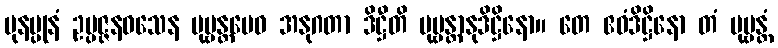
ပုနပ္ပုနံ ဥပ္ပဇ္ဇနဝသေန ပုဗ္ဗန္တမေဝ အနုဂတာ ဒိဋ္ဌီတိ ပုဗ္ဗန္တာနုဒိဋ္ဌိနော။ တေ ဧဝံဒိဋ္ဌိနော တံ ပုဗ္ဗန္တံ